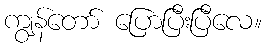
ကျွန်တော် ပြောပြီးပြီလေ။